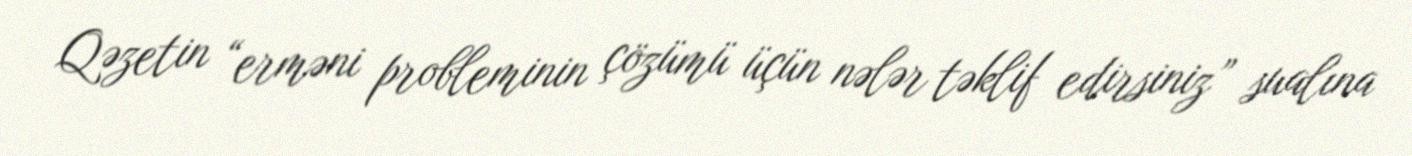
Qəzetin “erməni probleminin çözümü üçün nələr təklif edirsiniz” sualına